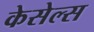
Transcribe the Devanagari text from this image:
केसेल्स